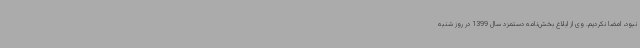
نبود، امضا نکردیم. وی از ابلاغ بخش‌نامه دستمزد سال 1399 در روز شنبه